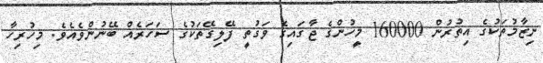
ނިޒާމުތަކުގެ އިތުރުން 160000 މީހުންގެ ޖާގައިގެ ވަގުތީ ފޭލިގޭތަކުގެ ސަހަރެއް ބޭނުންވެއެވެ. މިހުރިހާ